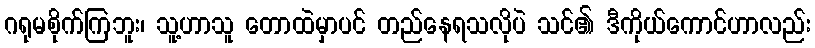
ဂရုမစိုက်ကြဘူး၊ သူ့ဟာသူ တောထဲမှာပင် တည်နေရသလိုပဲ သင်၏ ဒီကိုယ်ကောင်ဟာလည်း